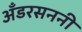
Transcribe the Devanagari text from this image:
अँडरसननी